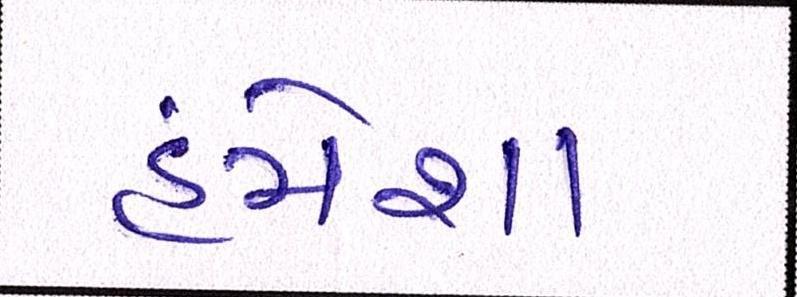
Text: હંમેશા